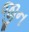
જીન